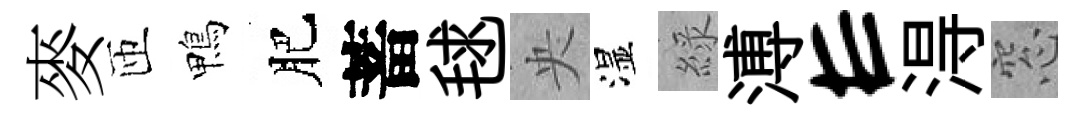
麥匝鴨肥蓄毬央湿綠溥E淂窓